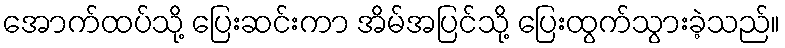
အောက်ထပ်သို့ ပြေးဆင်းကာ အိမ်အပြင်သို့ ပြေးထွက်သွားခဲ့သည်။